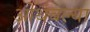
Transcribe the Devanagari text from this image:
ओथंबल्या